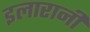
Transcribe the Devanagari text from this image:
इलारानी